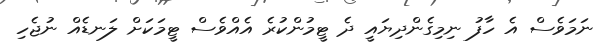
ނަމަވެސް އެ ހާފު ނިމިގެންދިޔައީ ދެ ޓީމުންކުރެ އެއްވެސް ޓީމަކަށް ލަނޑެއް ނުޖެހި